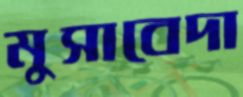
মুসাবেদা